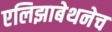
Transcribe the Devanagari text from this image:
एलिझाबेथनेच